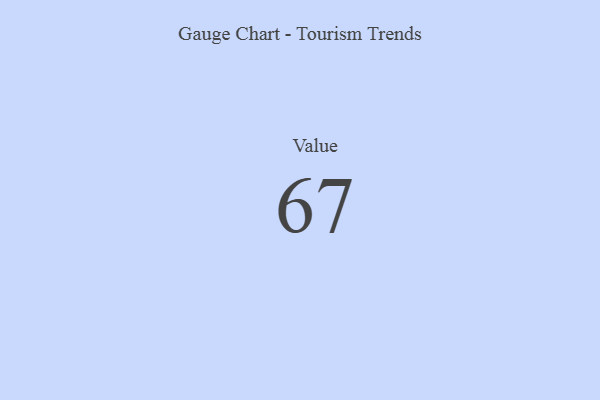
{"axis": {"x": "Metric", "y": "Value"}, "legend": [""], "data": [{"x": "Value", "y": 67, "type": ""}]}